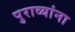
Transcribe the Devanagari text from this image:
पुराव्यांना